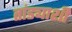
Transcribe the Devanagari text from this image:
तांड्याशी